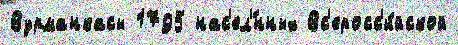
Вурманкасы 1795 нас'ел'́нных Вс'еросс'и́йской